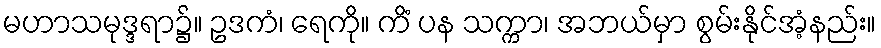
မဟာသမုဒ္ဒရာ၌။ ဥဒကံ၊ ရေကို။ ကိံ ပန သက္ကာ၊ အဘယ်မှာ စွမ်းနိုင်အံ့နည်း။